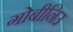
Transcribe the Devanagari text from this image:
गोबीनिउ